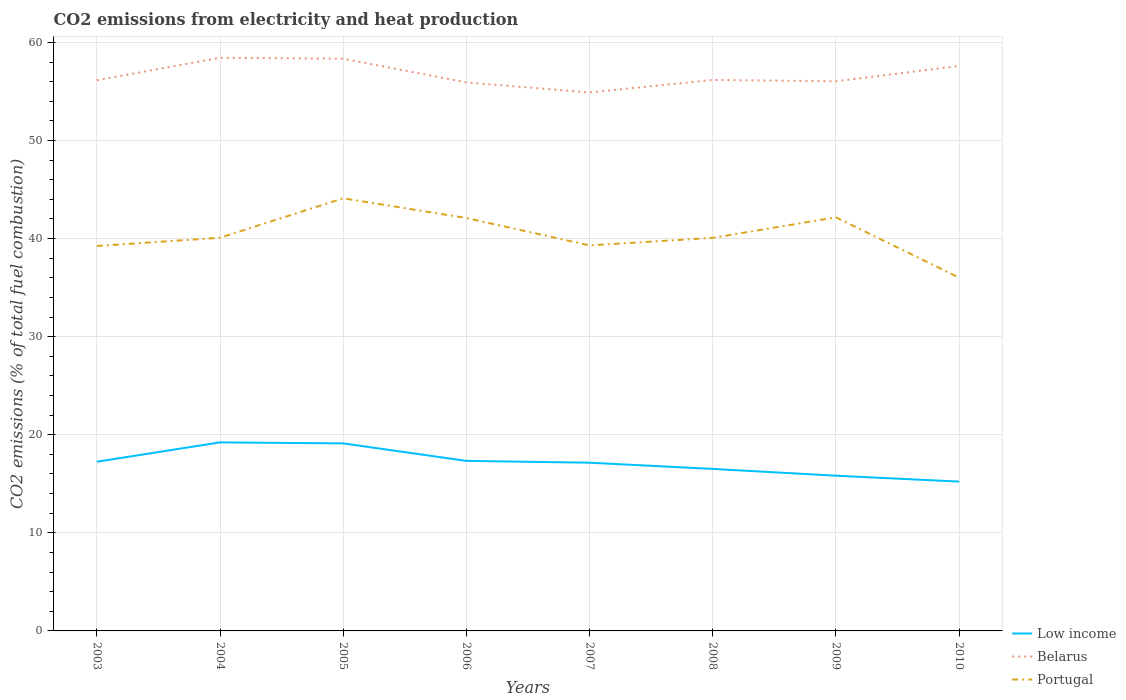
| Years | Low income | Belarus | Portugal |
 | --- | --- | --- | --- |
 | 2003 | 17.2 | 56.1 | 39.2 |
 | 2004 | 19.2 | 58.4 | 40.1 |
 | 2005 | 19.1 | 58.3 | 44.1 |
 | 2006 | 17.3 | 55.9 | 42.1 |
 | 2007 | 17.1 | 54.9 | 39.3 |
 | 2008 | 16.5 | 56.2 | 40.1 |
 | 2009 | 15.8 | 56 | 42.2 |
 | 2010 | 15.2 | 57.6 | 36 |